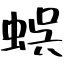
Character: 蜈